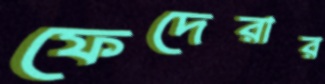
ফেদেরার